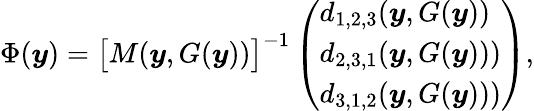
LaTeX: \Phi(\boldsymbol{y})=\big[M(\boldsymbol{y},G(\boldsymbol{y}))\big]^{-1}\left(\begin{array}{l}{d_{1,2,3}(\boldsymbol{y},G(\boldsymbol{y}))}\\ {d_{2,3,1}(\boldsymbol{y},G(\boldsymbol{y})))}\\ {d_{3,1,2}(\boldsymbol{y},G(\boldsymbol{y})))}\end{array}\right),